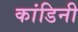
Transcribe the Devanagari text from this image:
कांडिनी